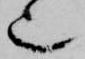
也